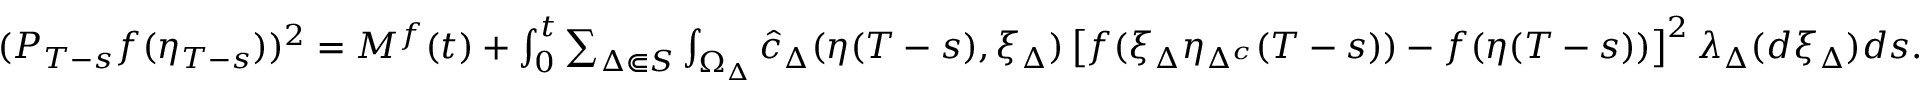
\begin{array} { r } { ( P _ { T - s } f ( \eta _ { T - s } ) ) ^ { 2 } = M ^ { f } ( t ) + \int _ { 0 } ^ { t } \sum _ { \Delta \Subset S } \int _ { \Omega _ { \Delta } } \hat { c } _ { \Delta } ( \eta ( T - s ) , \xi _ { \Delta } ) \left[ f ( \xi _ { \Delta } \eta _ { \Delta ^ { c } } ( T - s ) ) - f ( \eta ( T - s ) ) \right] ^ { 2 } \lambda _ { \Delta } ( d \xi _ { \Delta } ) d s . } \end{array}